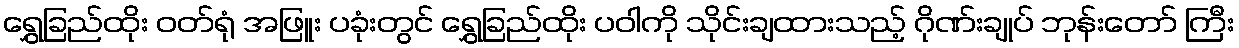
ရွှေခြည်ထိုး ဝတ်ရုံ အဖြူး ပခုံးတွင် ရွှေခြည်ထိုး ပဝါကို သိုင်းချထားသည့် ဂိုဏ်းချုပ် ဘုန်းတော် ကြီး